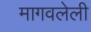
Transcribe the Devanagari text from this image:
मागवलेली